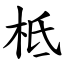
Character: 柢